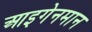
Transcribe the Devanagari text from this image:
आइगेनमान